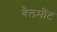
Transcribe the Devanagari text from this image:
बैलमौंट